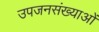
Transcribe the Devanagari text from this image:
उपजनसंख्याओं